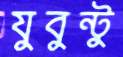
যুবুন্টু